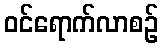
ဝင်ရောက်လာစဉ်